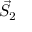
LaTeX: { \vec { S } } _ { 2 }